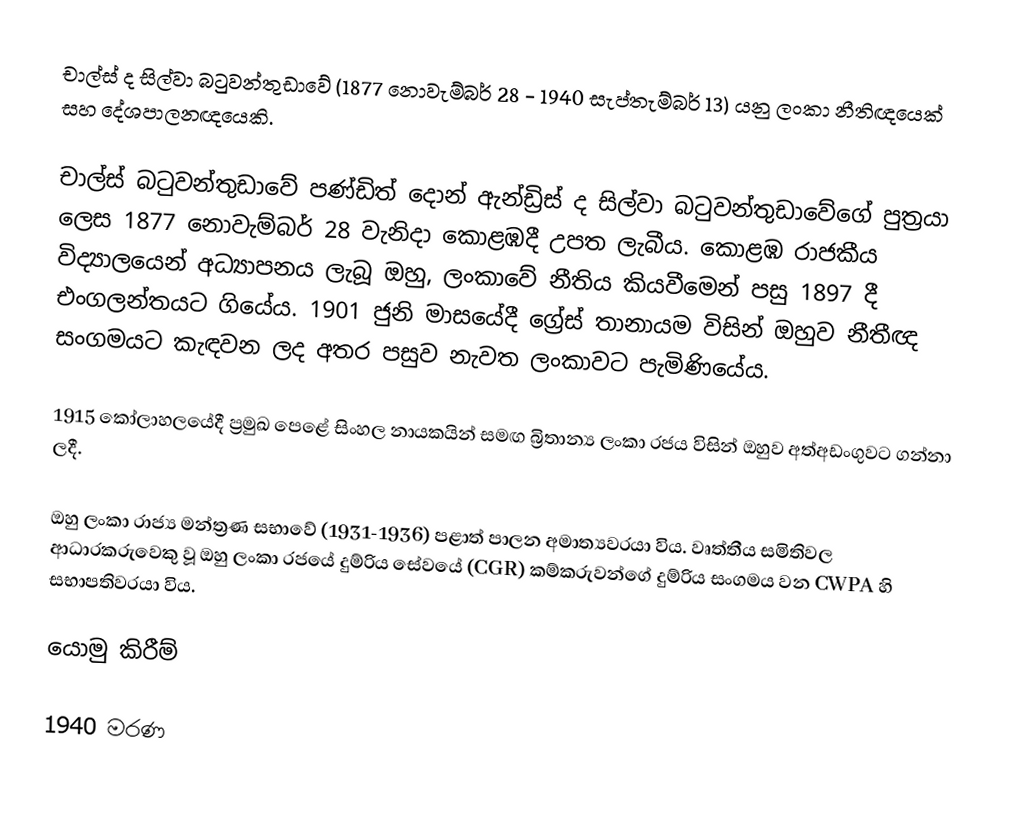
චාල්ස් ද සිල්වා බටුවන්තුඩාවේ (1877 නොවැම්බර් 28 - 1940 සැප්තැම්බර් 13) යනු ලංකා නීතිඥයෙක් සහ දේශපාලනඥයෙකි.

චාල්ස් බටුවන්තුඩාවේ පණ්ඩිත් දොන් ඇන්ඩ්‍රිස් ද සිල්වා බටුවන්තුඩාවේගේ පුත්‍රයා ලෙස 1877 නොවැම්බර් 28 වැනිදා කොළඹදී උපත ලැබීය. කොළඹ රාජකීය විද්‍යාලයෙන් අධ්‍යාපනය ලැබූ ඔහු, ලංකාවේ නීතිය කියවීමෙන් පසු 1897 දී එංගලන්තයට ගියේය. 1901 ජුනි මාසයේදී ග්‍රේස් තානායම විසින් ඔහුව නීතීඥ සංගමයට කැඳවන ලද අතර පසුව නැවත ලංකාවට පැමිණියේය.

1915 කෝලාහලයේදී ප්‍රමුඛ පෙළේ සිංහල නායකයින් සමඟ බ්‍රිතාන්‍ය ලංකා රජය විසින් ඔහුව අත්අඩංගුවට ගන්නා ලදී.

ඔහු ලංකා රාජ්‍ය මන්ත්‍රණ සභාවේ (1931-1936) පළාත් පාලන අමාත්‍යවරයා විය. වෘත්තීය සමිතිවල ආධාරකරුවෙකු වූ ඔහු ලංකා රජයේ දුම්රිය සේවයේ (CGR) කම්කරුවන්ගේ දුම්රිය සංගමය වන CWPA හි සභාපතිවරයා විය.

යොමු කිරීම්

1940 මරණ